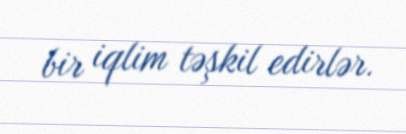
bir iqlim təşkil edirlər.